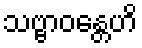
သဗ္ဗာဝန္တေဟိ